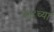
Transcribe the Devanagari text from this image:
५४च्या